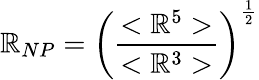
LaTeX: \mathbb{R}_{NP}=\left(\frac{{<\mathbb{R}^{5}>}}{{<\mathbb{R}^{3}>}}\right)^{\frac{{1}}{{2}}}